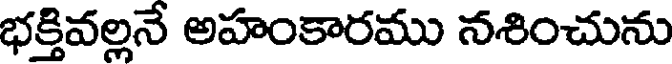
భక్తివల్లనే అహంకారము నశించును